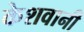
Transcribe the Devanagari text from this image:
केशवानी